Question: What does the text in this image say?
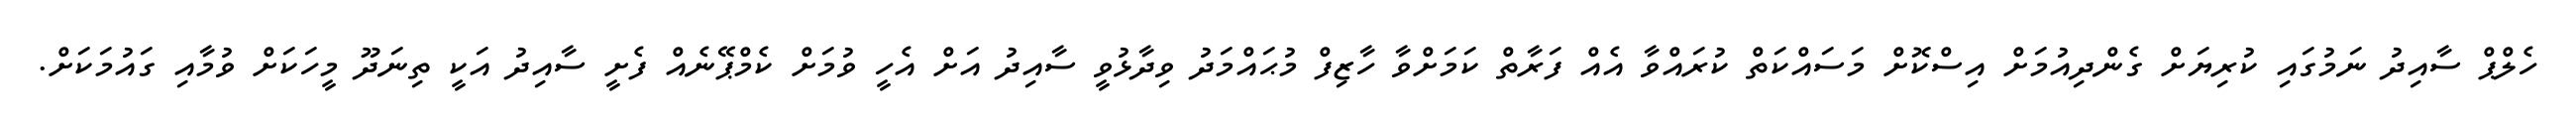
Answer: ހެލްޕް ސާއިދު ނަމުގައި ކުރިޔަށް ގެންދިއުމަށް އިސްކޮށް މަސައްކަތް ކުރައްވާ އެއް ފަރާތް ކަމަށްވާ ހާޒިފް މުޙައްމަދު ވިދާޅުވީ ސާއިދު އަށް އެހީ ވުމަށް ކެމްޕޭނެއް ފެށީ ސާއިދު އަކީ ތިނަދޫ މީހަކަށް ވުމާއި ގައުމަކަށް.